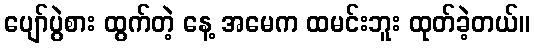
ပျော်ပွဲစား ထွက်တဲ့ နေ့ အမေက ထမင်းဘူး ထုတ်ခဲ့တယ်။